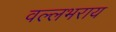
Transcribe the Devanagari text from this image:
वल्‍लभराय